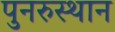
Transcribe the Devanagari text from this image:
पुनरुस्थान